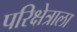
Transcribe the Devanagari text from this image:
परिक्षेत्राला